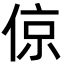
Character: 倞